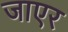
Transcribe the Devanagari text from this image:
जाएर